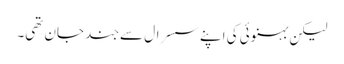
لیکن بہنوئی کی اپنے سسرال سے جند جان تھی۔